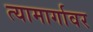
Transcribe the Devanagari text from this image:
त्यामार्गावर